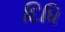
દિધિ